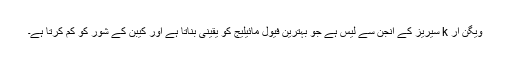
ویگن آر k سیریز کے انجن سے لیس ہے جو بہترین فیول مائیلیج کو یقینی بناتا ہے اور کیبن کے شور کو کم کرتا ہے۔